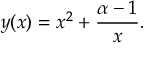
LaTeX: y ( x ) = x ^ { 2 } + { \frac { \alpha - 1 } { x } } .